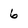
Character: 6